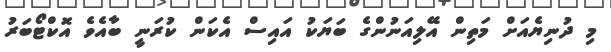
މި ދުނިޔެއަށް މަތިން އޭލިއަނުންގެ ބަޔަކު އައިސް އެކަން ކުރަނީ ބާއެވެ އޮކްޓޯބަރު